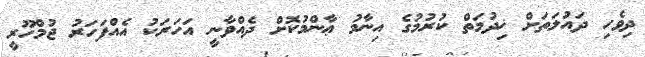
ދިވެހި ދައުލަތަށް ޚިދުމަތް ކުރުމުގެ އިނާމު ޢާންމުކޮށް ދެއްވާނީ އަހަރަކު އެއްފަހަރު ޖުމްހޫރީ